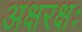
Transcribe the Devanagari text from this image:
अक्षरक्षः